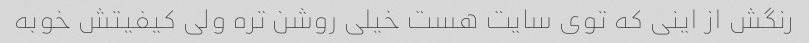
رنگش از اینی که توی سایت هست خیلی روشن تره ولی کیفیتش خوبه